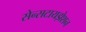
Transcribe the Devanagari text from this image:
सेन्सटायझेशन